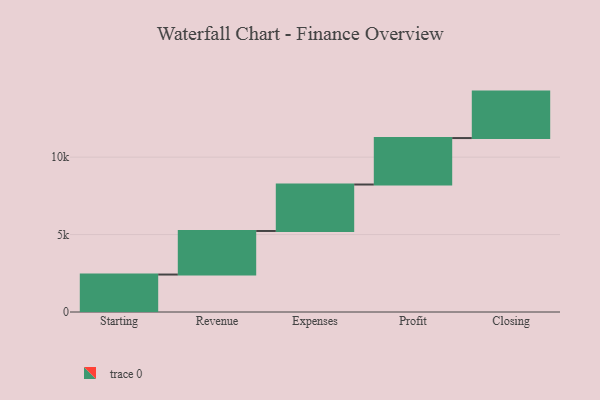
{"axis": {"x": "Step", "y": "Value"}, "legend": [""], "data": [{"x": "Starting", "y": 2419.0, "type": ""}, {"x": "Revenue", "y": 2814.0, "type": ""}, {"x": "Expenses", "y": 3000, "type": ""}, {"x": "Profit", "y": 3000, "type": ""}, {"x": "Closing", "y": 3000, "type": ""}]}